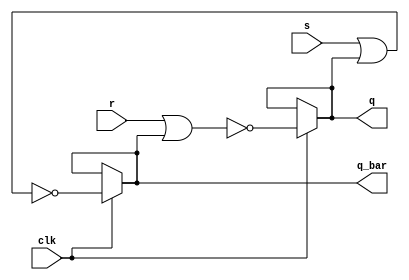
//This is for the SR flip flop module.

module sr_flip_flop_dataflow_module (s, r, clk, q, q_bar);
	input s, r;
	input clk; //clock
	
	output q, q_bar;
	
	wire q_tmp, q_bar_tmp;	

	assign q = (clk == 1'b1) ? !(r || q_bar) : q; 
	assign q_bar = (clk == 1'b1) ? !(s || q) : q_bar; 

endmodule